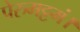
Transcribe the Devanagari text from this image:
पेरुमट्टमं।